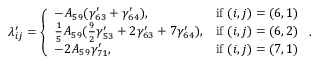
\lambda _ { i j } ^ { \prime } = \left\{ \begin{array} { l l } { - A _ { 5 9 } ( \gamma _ { 6 3 } ^ { \prime } + \gamma _ { 6 4 } ^ { \prime } ) , } & { \mathrm { i f ~ } ( i , j ) = ( 6 , 1 ) } \\ { \frac { 1 } { 5 } A _ { 5 9 } ( \frac { 9 } { 2 } \gamma _ { 5 3 } ^ { \prime } + 2 \gamma _ { 6 3 } ^ { \prime } + 7 \gamma _ { 6 4 } ^ { \prime } ) , } & { \mathrm { i f ~ } ( i , j ) = ( 6 , 2 ) } \\ { - 2 A _ { 5 9 } \gamma _ { 7 1 } ^ { \prime } , } & { \mathrm { i f ~ } ( i , j ) = ( 7 , 1 ) } \end{array} \right. .